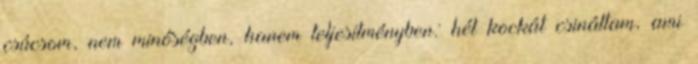
csúcsom, nem minőségben, hanem teljesítményben: hét kockát csináltam, ami